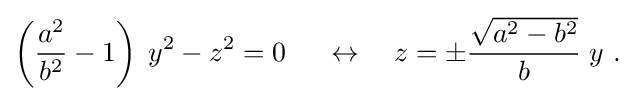
\left({\frac {a^{2}}{b^{2}}}-1\right)\;y^{2}-z^{2}=0\ \quad \leftrightarrow \quad z=\pm {\frac {\sqrt {a^{2}-b^{2}}}{b}}\;y\ .\